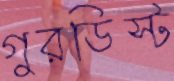
গুরডিস্ট